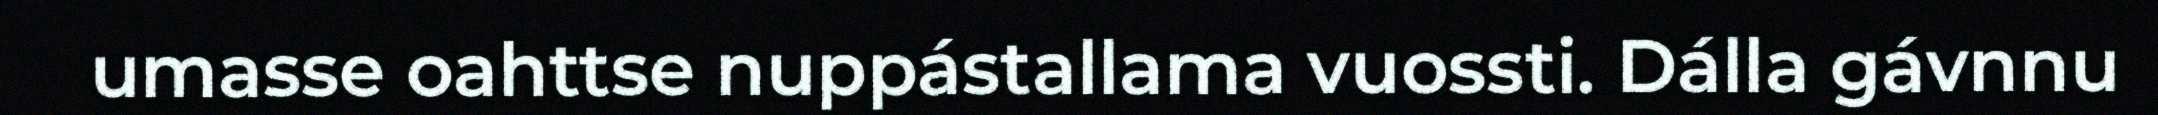
umasse oahttse nuppástallama vuossti. Dálla gávnnu